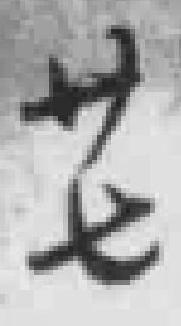
廿七